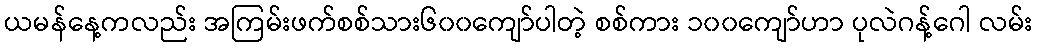
ယမန်နေ့ကလည်း အကြမ်းဖက်စစ်သား၆၀၀ကျော်ပါတဲ့ စစ်ကား ၁၀၀ကျော်ဟာ ပုလဲဂန့်ဂေါ လမ်း